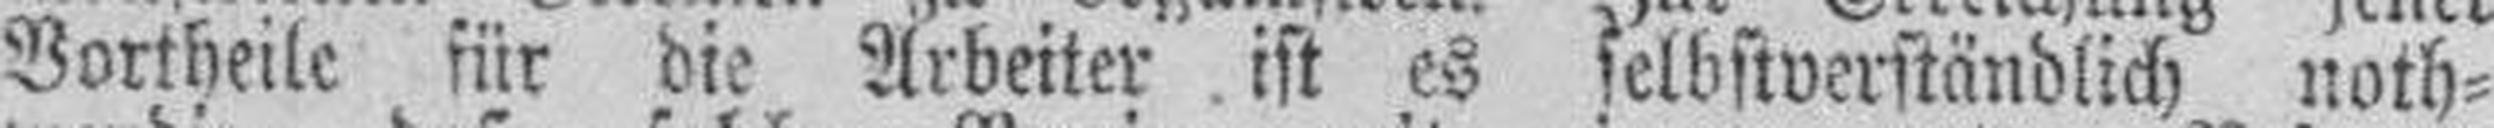
Vortheile für die Arbeiter ist es selbstverständlich noth¬